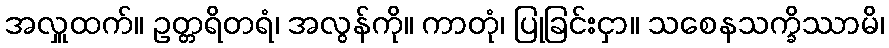
အလှူထက်။ ဥတ္တရိတရံ၊ အလွန်ကို။ ကာတုံ၊ ပြုခြင်းငှာ။ သစေနသက္ခိဿာမိ၊